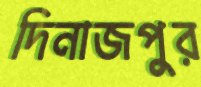
দিনাজপুুর